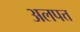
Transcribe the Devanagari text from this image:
अलपत्त